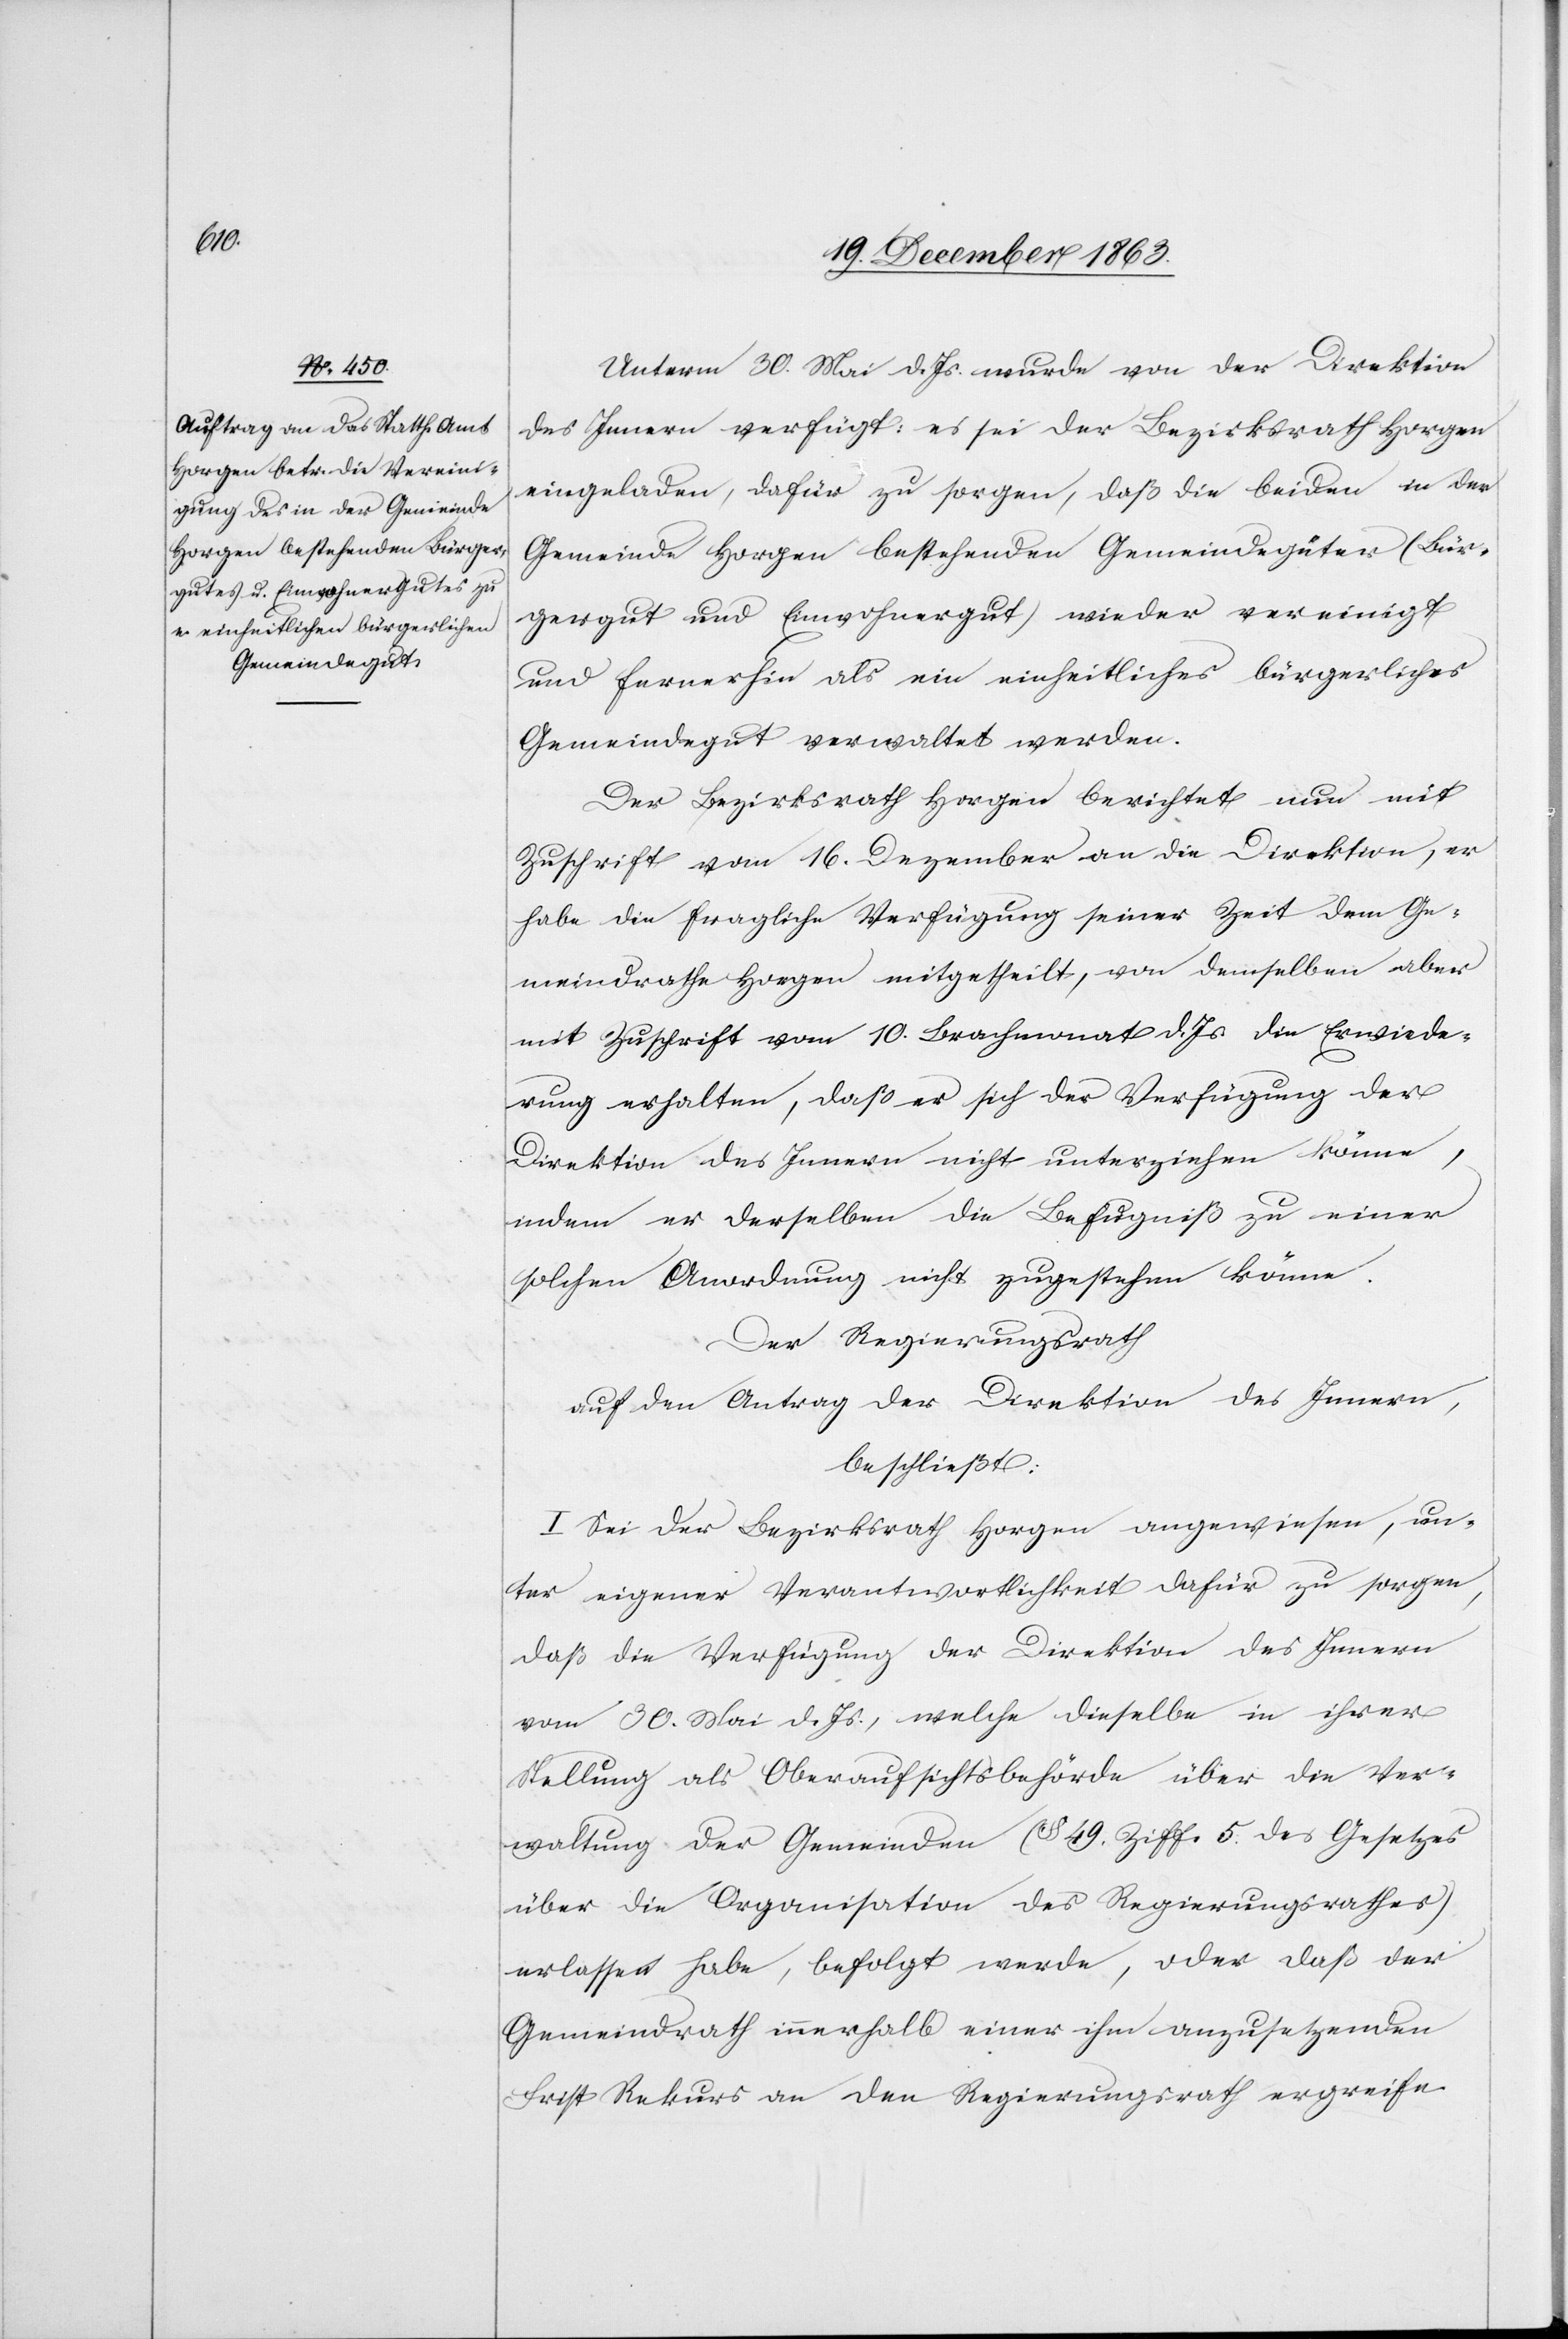
Unterm 30. Mai d. Js. wurde von der Direktion
des Innern verfügt: es sei der Bezirksrath Horgen
eingeladen, dafür zu sorgen, daß die beiden in der
Gemeinde Horgen bestehenden Gemeindegüter (Bür¬
gergut und Einwohnergut) wieder vereinigt
und fernerhin als ein einheitliches bürgerliches
Gemeindegut verwaltet werden.
Der Bezirksrath Horgen berichtet nun mit
Zuschrift vom 16. Dezember an die Direktion, er
habe die fragliche Verfügung seiner Zeit dem Ge¬
meindrathe Horgen mitgetheilt, von demselben aber
mit Zuschrift vom 10. Brachmonat d. Js. die Erwiede¬
rung erhalten, daß er sich der Verfügung der
Direktion des Innern nicht unterziehen könne,
indem er derselben die Befugniß zu einer
solchen Anordnung nicht zugestehen könne.
Der Regierungsrath
auf den Antrag der Direktion des Innern,
beschließt:
I. Sei der Bezirksrath Horgen angewiesen, un¬
ter eigener Verantwortlichkeit dafür zu sorgen,
daß die Verfügung der Direktion des Innern
vom 30. Mai d. Js., welche dieselbe in ihrer
Stellung als Oberaufsichtsbehörde über die Ver¬
waltung der Gemeinden (§ 49. Ziff. 5 des Gesetzes
über die Organisation des Regierungsrathes)
erlassen habe, befolgt werde, oder daß der
Gemeindrath innerhalb einer ihm anzusetzenden
Frist Rekurs an den Regierungsrath ergreife.